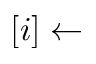
[ i ] \leftarrow